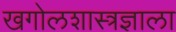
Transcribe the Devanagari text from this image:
खगोलशास्त्रज्ञाला